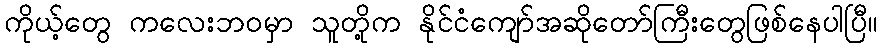
ကိုယ့်တွေ ကလေးဘဝမှာ သူတို့က နိုင်ငံကျော်အဆိုတော်ကြီးတွေဖြစ်နေပါပြီ။